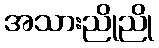
အသားညိုညို